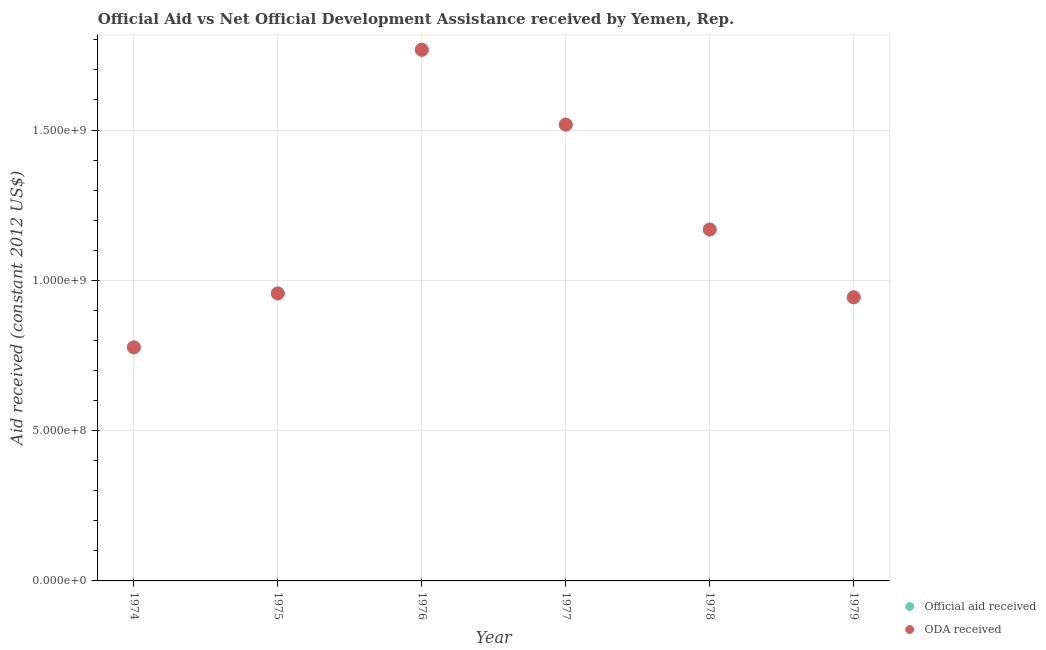
| Year | Official aid received | ODA received |
 | --- | --- | --- |
 | 1974 | 7.77e+08 | 7.77e+08 |
 | 1975 | 9.56e+08 | 9.56e+08 |
 | 1976 | 1.77e+09 | 1.77e+09 |
 | 1977 | 1.52e+09 | 1.52e+09 |
 | 1978 | 1.17e+09 | 1.17e+09 |
 | 1979 | 9.43e+08 | 9.43e+08 |